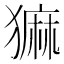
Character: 𬍄